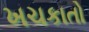
ખચકાતો